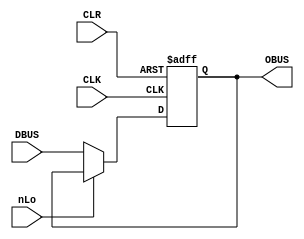
`timescale 1ns / 1ps
/**
* Ouput Register /
*
* CLK  = Clock
* nLo  = Load data from ABUS & DBUS
* ABUS = Address bus
* DBUS = Data bus
* OBUS = Output bus
*/
module out(
    input        CLK,
    input        CLR,
    input        nLo,
    input  [7:0] DBUS,
    output [7:0] OBUS
);
  
  reg [7:0] OBUSreg;
  
  assign OBUS = OBUSreg;

  initial
  begin
    OBUSreg <= 8'b0000_0000;
  end

  always @(negedge CLK or posedge CLR)
  begin
    if(CLR)
      begin
        OBUSreg <= 8'b0000_0000;
      end
    else if(!nLo)
      begin
      // Load from DBUS
      OBUSreg <= DBUS;
    end
  end
endmodule